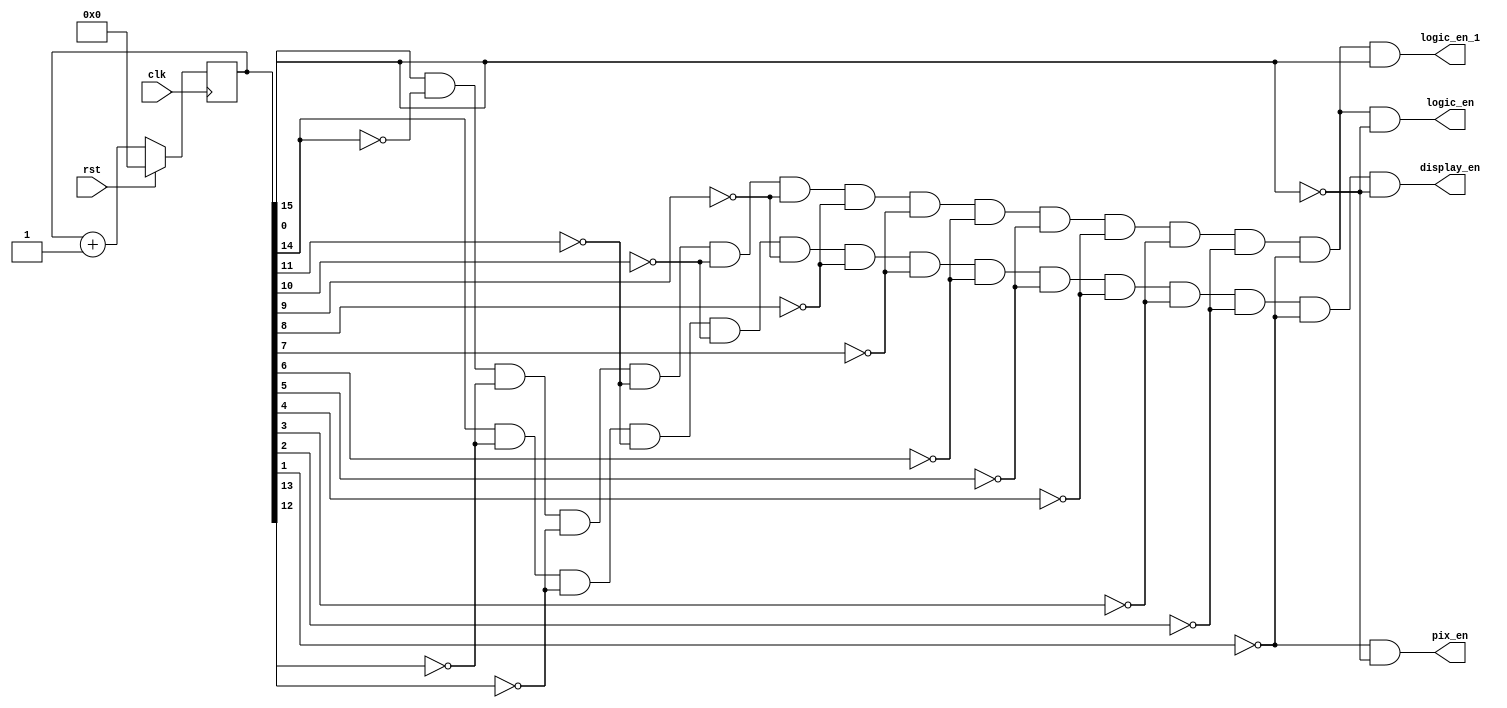
`timescale 1ns / 1ps
//////////////////////////////////////////////////////////////////////////////////
// Company: 
// Engineer: 
// 
// Design Name: 
// Module Name:    clockdiv 
// Project Name: 
// Target Devices: 
// Tool versions: 
// Description: 
//
// Dependencies: 
//
// Revision: 
// Revision 0.01 - File Created
// Additional Comments: 
//
//////////////////////////////////////////////////////////////////////////////////
module clockdiv(
	input wire clk,		//master clock: 100MHz
	input wire rst,		//asynchronous reset
	output wire logic_en, // logic clock: 3051.75 Hz
	output wire logic_en_1, // logic clock delayed by one cycle
	output wire pix_en,		//pixel clock: 25MHz
	output wire display_en // Display clock: 700 Hz
	//output wire seg_en	//7-segment clock: 381.47Hz
	);

// 17-bit counter variable
reg [17:0] q;
//reg [1:0] q;

// Clock divider --
// Each bit in q is a clock signal that is
// only a fraction of the master clock.
always @(posedge clk)
begin
	// reset condition
	if (rst == 1)
		q <= 0;
	// increment counter by one
	else
		q <= q+1;
end

// 100Mhz  2^18 = 381.47Hz
//assign seg_en = q[17];

// 100Mhz  2^15 = 3051.75Hz
assign logic_en = q[15] & ~q[14] & ~q[13] & ~q[12] & ~q[11] & ~q[10] & ~q[9] & ~q[8] & ~q[7] & ~q[6] & ~q[5] & ~q[4] & ~q[3]& ~q[2] & ~q[1]& ~q[0];
assign logic_en_1 = q[15] & ~q[14] & ~q[13] & ~q[12] & ~q[11] & ~q[10] & ~q[9] & ~q[8] & ~q[7] & ~q[6] & ~q[5] & ~q[4] & ~q[3]& ~q[2] & ~q[1]& q[0];

assign display_en = q[14] & ~q[13] & ~q[12] & ~q[11] & ~q[10] & ~q[9] & ~q[8] & ~q[7] & ~q[6] & ~q[5] & ~q[4] & ~q[3]& ~q[2] & ~q[1]& ~q[0];
// 100Mhz  2^2 = 25MHz
//assign pix_en = q[1];
assign pix_en = ~q[1] & ~q[0];

endmodule